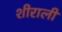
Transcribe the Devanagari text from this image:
शीराली